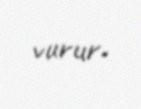
vurur.